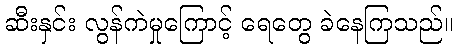
ဆီးနှင်း လွန်ကဲမှုကြောင့် ရေတွေ ခဲနေကြသည်။